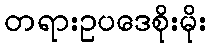
တရားဥပဒေစိုးမိုး